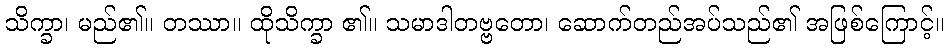
သိက္ခာ၊ မည်၏။ တဿာ။ ထိုသိက္ခာ ၏။ သမာဒါတဗ္ဗတော၊ ဆောက်တည်အပ်သည်၏ အဖြစ်ကြောင့်။